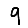
Digit: 9